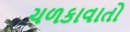
ચળકાવાતો